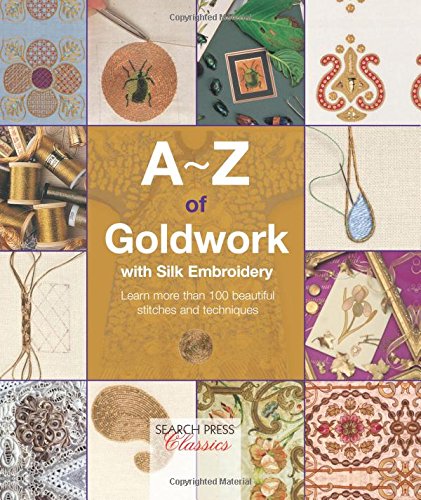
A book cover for A-Z of Goldwork with Silk Embroidery (A-Z of Needlecraft); Crafts, Hobbies & Home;